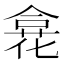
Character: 𠎍